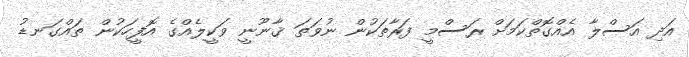
އަދި އަސްލާ އެއްގޮތްކަމަށް ރަސްމީ ފަރާތަކުން ނުވަތަ ޤާނޫނީ ވަކީލެއްގެ އޮފީހަކުން ތައްގަނޑު